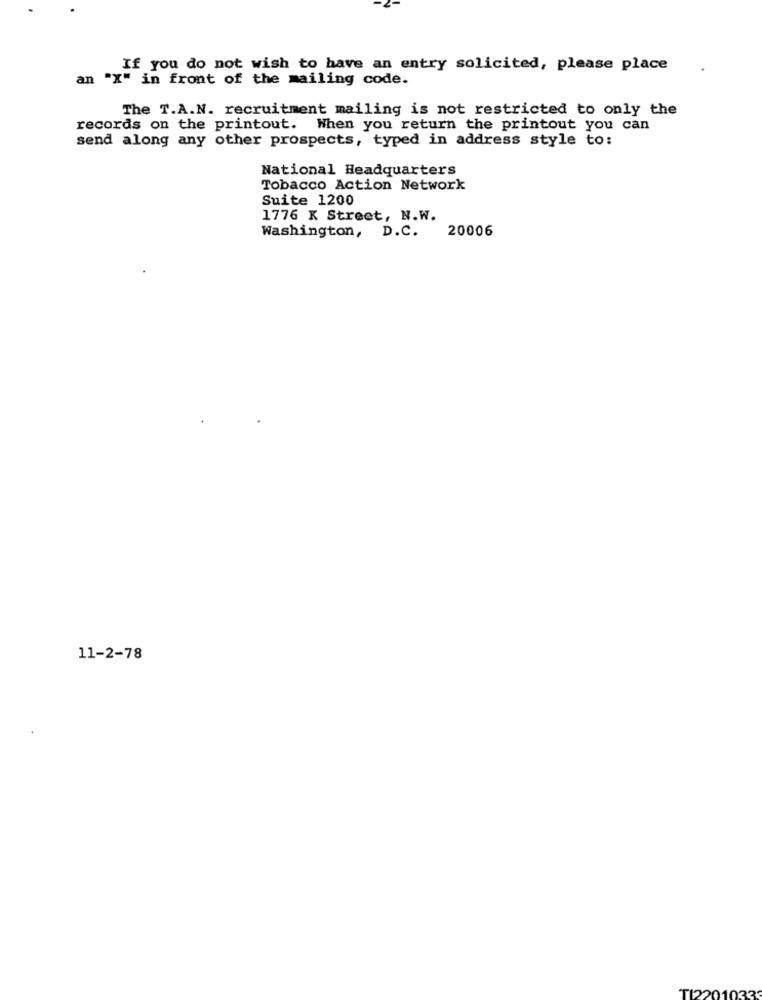
If you do not wish to have an entry solicited, please place
an "X" in front of the mailing code.
The T.A.N. recruitment mailing is not restricted to only the
records on the printout. When you return the printout you can
send along any other prospects, typed in address style to:
National Headquarters
Tobacco Action Network
Suite 1200
1776 K Street, N.W.
20006
Washington, D.C.
11-2-78
TI